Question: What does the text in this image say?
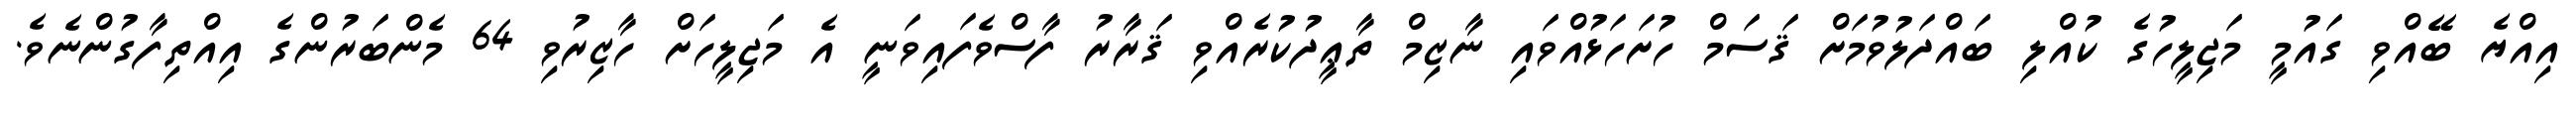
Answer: އިއްޔެ ބޭއްވި ގައުމީ މަޖިލީހުގެ ކުއްލި ބައްދަލުވުމަށް ޤަސަމް ހުށަހަޅުއްވައި ނާޒިމް ތާޢީދުކުރެއްވި ޤަރާރު ފާސްވެފައިވަނީ އެ މަޖިލީހަށް ހާޒިރުވި 64 މެންބަރުންގެ އިއްތިފާގުންނެވެ.